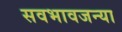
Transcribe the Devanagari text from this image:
सवभावजन्या